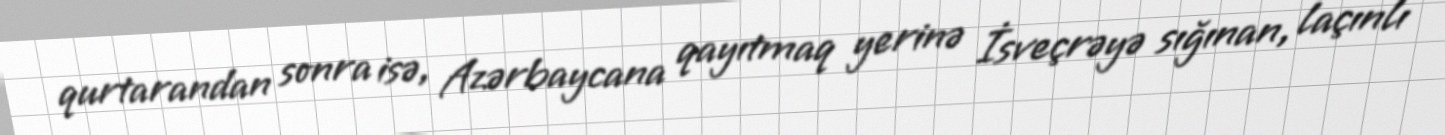
qurtarandan sonra isə, Azərbaycana qayıtmaq yerinə İsveçrəyə sığınan, laçınlı